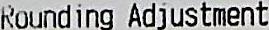
ROUNDING ADJUSTMENT